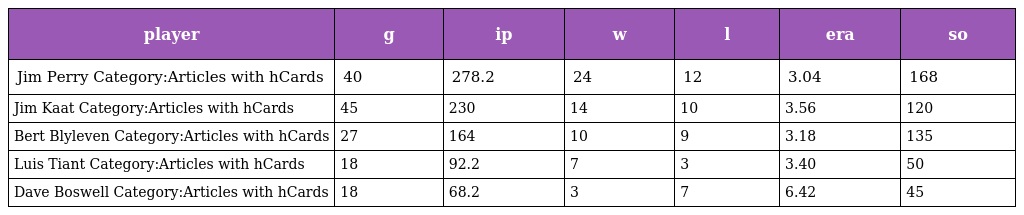
| player | g | ip | w | l | era | so |
 | --- | --- | --- | --- | --- | --- | --- |
 | Jim Perry Category:Articles with hCards | 40 | 278.2 | 24 | 12 | 3.04 | 168 |
 | Jim Kaat Category:Articles with hCards | 45 | 230 | 14 | 10 | 3.56 | 120 |
 | Bert Blyleven Category:Articles with hCards | 27 | 164 | 10 | 9 | 3.18 | 135 |
 | Luis Tiant Category:Articles with hCards | 18 | 92.2 | 7 | 3 | 3.40 | 50 |
 | Dave Boswell Category:Articles with hCards | 18 | 68.2 | 3 | 7 | 6.42 | 45 |